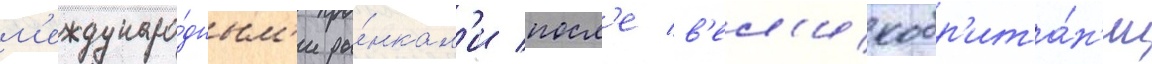
м'еждунаро́дным'и ры́нкам'и посл'е в'ел'икобр'ита́н'ии